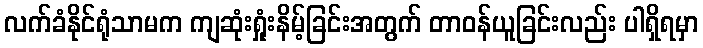
လက်ခံနိုင်ရုံသာမက ကျဆုံးရှုံးနိမ့်ခြင်းအတွက် တာဝန်ယူခြင်းလည်း ပါရှိရမှာ